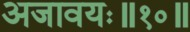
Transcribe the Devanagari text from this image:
अजावयः॥१०॥